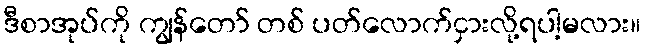
ဒီစာအုပ်ကို ကျွန်တော် တစ် ပတ်လောက်ငှားလို့ရပါ့မလား။